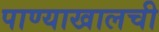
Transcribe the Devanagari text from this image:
पाण्याखालची